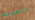
النحيلة